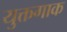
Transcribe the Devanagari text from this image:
युक्तगाक